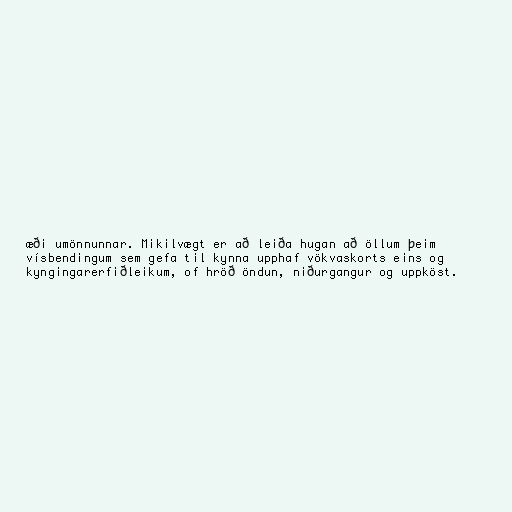
æði umönnunnar. Mikilvægt er að leiða hugan að öllum þeim
vísbendingum sem gefa til kynna upphaf vökvaskorts eins og
kyngingarerfiðleikum, of hröð öndun, niðurgangur og uppköst.